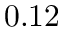
0 . 1 2